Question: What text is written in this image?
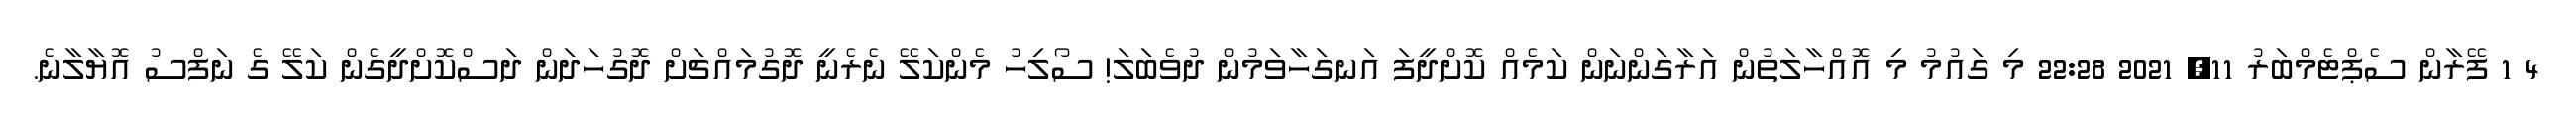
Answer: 4 1 ފޭރާން ސެޕްޓެމްބަރު 11, 2021 22:28 މި ގައުމު މި އޮއްހާލަތުން އަރާގަންނަން ކަމެއް ކޮށްދީފަ އަނގަހާވަމުން ދުވެބަލަ! ސޯލިހު މެންކަލޭ ނެރެނީ ދޮގުމައްޗަށް ދޮގުހަދަން ދަސްކޮށްދީގެން ކަލޭ ގެ ނަފްސު އޮޔާލާނެ.